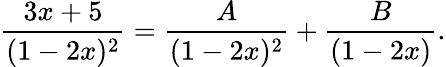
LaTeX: {\frac{3x+5}{(1-2x)^{2}}}={\frac{A}{(1-2x)^{2}}}+{\frac{B}{(1-2x)}}.